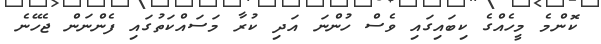
ކޮންމެ މީހެއްގެ ކިބައިގައި ވެސް ހުންނަ އަދި ކުރާ މަސައްކަތުގައި ފެންނަން ޖެހޭނެ